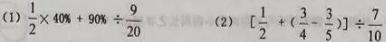
(1) $\frac{1}{2}\times40\% + 90\% \div \frac{9}{20}$  (2) $[\frac{1}{2}+(\frac{3}{4}-\frac{3}{5})]\div\frac{7}{10}$